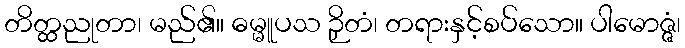
တိတ္ထညုတာ၊ မည်၏။ ဓမ္မူပသ ဉှိတံ၊ တရားနှင့်စပ်သော။ ပါမောဇ္ဇံ၊